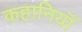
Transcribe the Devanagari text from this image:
कहानियॉं